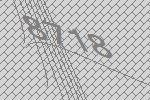
8718